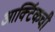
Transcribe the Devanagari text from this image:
आर्क्टिकची